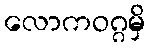
လောကဝဂ္ဂမှိ